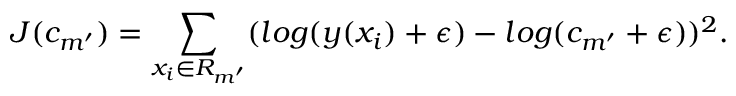
J ( c _ { m ^ { \prime } } ) = \sum _ { x _ { i } \in R _ { m ^ { \prime } } } ( l o g ( y ( x _ { i } ) + \epsilon ) - l o g ( c _ { m ^ { \prime } } + \epsilon ) ) ^ { 2 } .